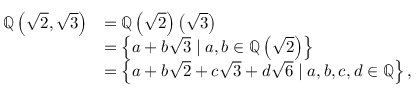
{ \begin{array} { r l } { \mathbb { Q } \left( { \sqrt { 2 } } , { \sqrt { 3 } } \right) } & { = \mathbb { Q } \left( { \sqrt { 2 } } \right) \left( { \sqrt { 3 } } \right) } \\ & { = \left\{ a + b { \sqrt { 3 } } \mid a , b \in \mathbb { Q } \left( { \sqrt { 2 } } \right) \right\} } \\ & { = \left\{ a + b { \sqrt { 2 } } + c { \sqrt { 3 } } + d { \sqrt { 6 } } \mid a , b , c , d \in \mathbb { Q } \right\} , } \end{array} }